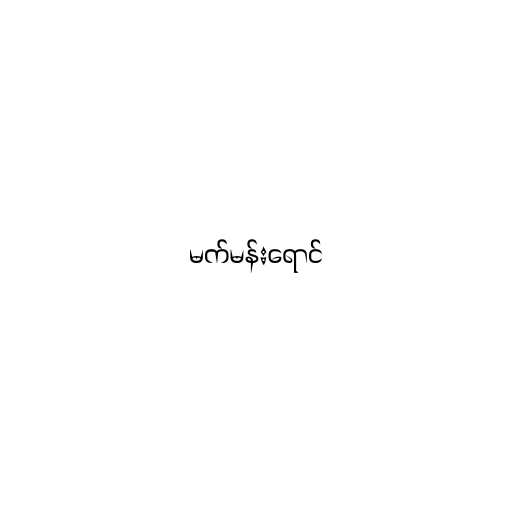
မက်မန်းရောင်